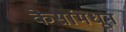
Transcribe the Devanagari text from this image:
केसांमधून